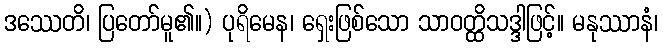
ဒဿေတိ၊ ပြတော်မူ၏။) ပုရိမေန၊ ရှေးဖြစ်သော သာဝတ္ထိသဒ္ဒါဖြင့်။ မနုဿာနံ၊